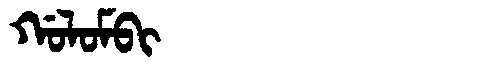
Manchu: ᡤᠣᠯᠣᠮᠪᡳ
Romanization: GOLOMBI